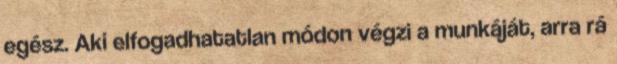
egész. Aki elfogadhatatlan módon végzi a munkáját, arra rá